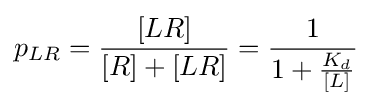
{p}_{LR}={\frac {[LR]}{[R]+[LR]}}={\frac {1}{1+{\frac {K_{d}}{[L]}}}}